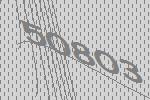
50803